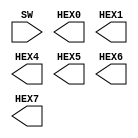
//
//
// Extension project for Lab 2
// Four bit subtractor & adder
// 
// Neil Nie
// (c) Nov 1st, 2018
//

module Extension(

	SW,
	HEX0,	// second digit sum
	HEX1,	// first digit sum
	HEX4,	// second digit second number
	HEX5,	// first digit second number
	HEX6,	// second digit first number
	HEX7, // first digit first number
);

input [8:0] SW;
output [6:0] HEX0;
output [6:0] HEX1;
output [6:0] HEX4;
output [6:0] HEX5;
output [6:0] HEX6;
output [6:0] HEX7;

endmodule